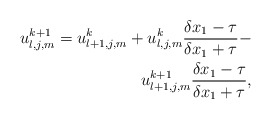
\begin{align*} u_{l,j,m}^{k+1} = u_{l+1,j,m}^k + u_{l,j,m}^k \frac{ \delta x_1 - \tau}{ \delta x_1 + \tau} - \\ u_{l+1,j,m}^{k+1}\frac{ \delta x_1- \tau}{ \delta x_1 + \tau},\end{align*}